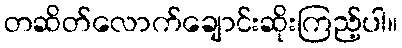
တဆိတ်လောက်ချောင်းဆိုးကြည့်ပါ။